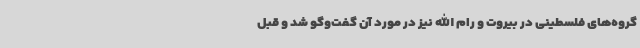
گروه‌های فلسطینی در بیروت و رام الله نیز در مورد آن گفت‌وگو شد و قبل